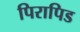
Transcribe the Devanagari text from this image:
पिरापिड